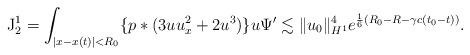
LaTeX: \begin{align*}\mathrm{J}_2^1=\int_{\vert x-x(t)\vert<R_0}\{p*(3uu_x^2+2u^3)\}u\Psi'\lesssim \Vert u_0\Vert_{H^1}^4e^{\frac{1}{6}(R_0-R-\gamma c(t_0-t))}.\end{align*}